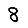
Digit: 8